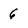
Character: 6